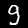
Label: 9